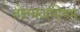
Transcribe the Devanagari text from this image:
तोल्काप्पियम्